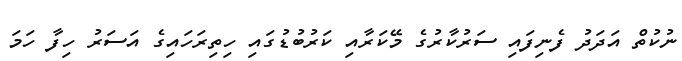
ނުކުތް އަދަދު ފެނިފައި ސަރުކާރުގެ މޭކަރާއި ކަރުބުޑުގައި ހިތިރަހައިގެ އަސަރު ހިފާ ހަމަ